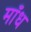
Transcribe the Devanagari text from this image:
माँध